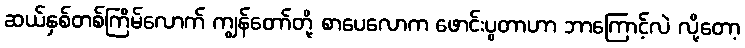
ဆယ်နှစ်တစ်ကြိမ်လောက် ကျွန်တော်တို့ စာပေလောက ဖောင်းပွတာဟာ ဘာကြောင့်လဲ လို့တော့